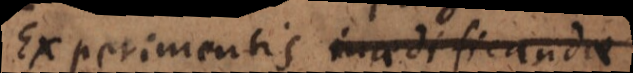
Experimentis inaedificandae